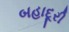
બહાદૂરી